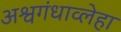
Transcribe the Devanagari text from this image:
अश्वगंधाव्लेहा